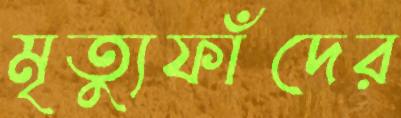
মৃত্যুফাঁদের